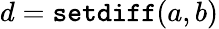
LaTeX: d={\tt setdiff}(a,b)